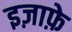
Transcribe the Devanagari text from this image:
इज़ाफ़े